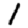
Digit: 1